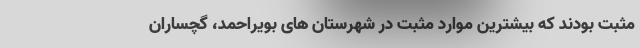
مثبت بودند که بیشترین موارد مثبت در شهرستان های بویراحمد، گچساران